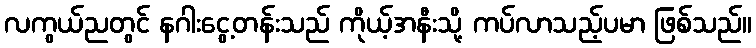
လကွယ်ညတွင် နဂါးငွေ့တန်းသည် ကိုယ့်အနီးသို့ ကပ်လာသည့်ပမာ ဖြစ်သည်။